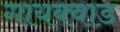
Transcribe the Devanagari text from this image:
गायक्वाड